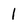
Character: 1